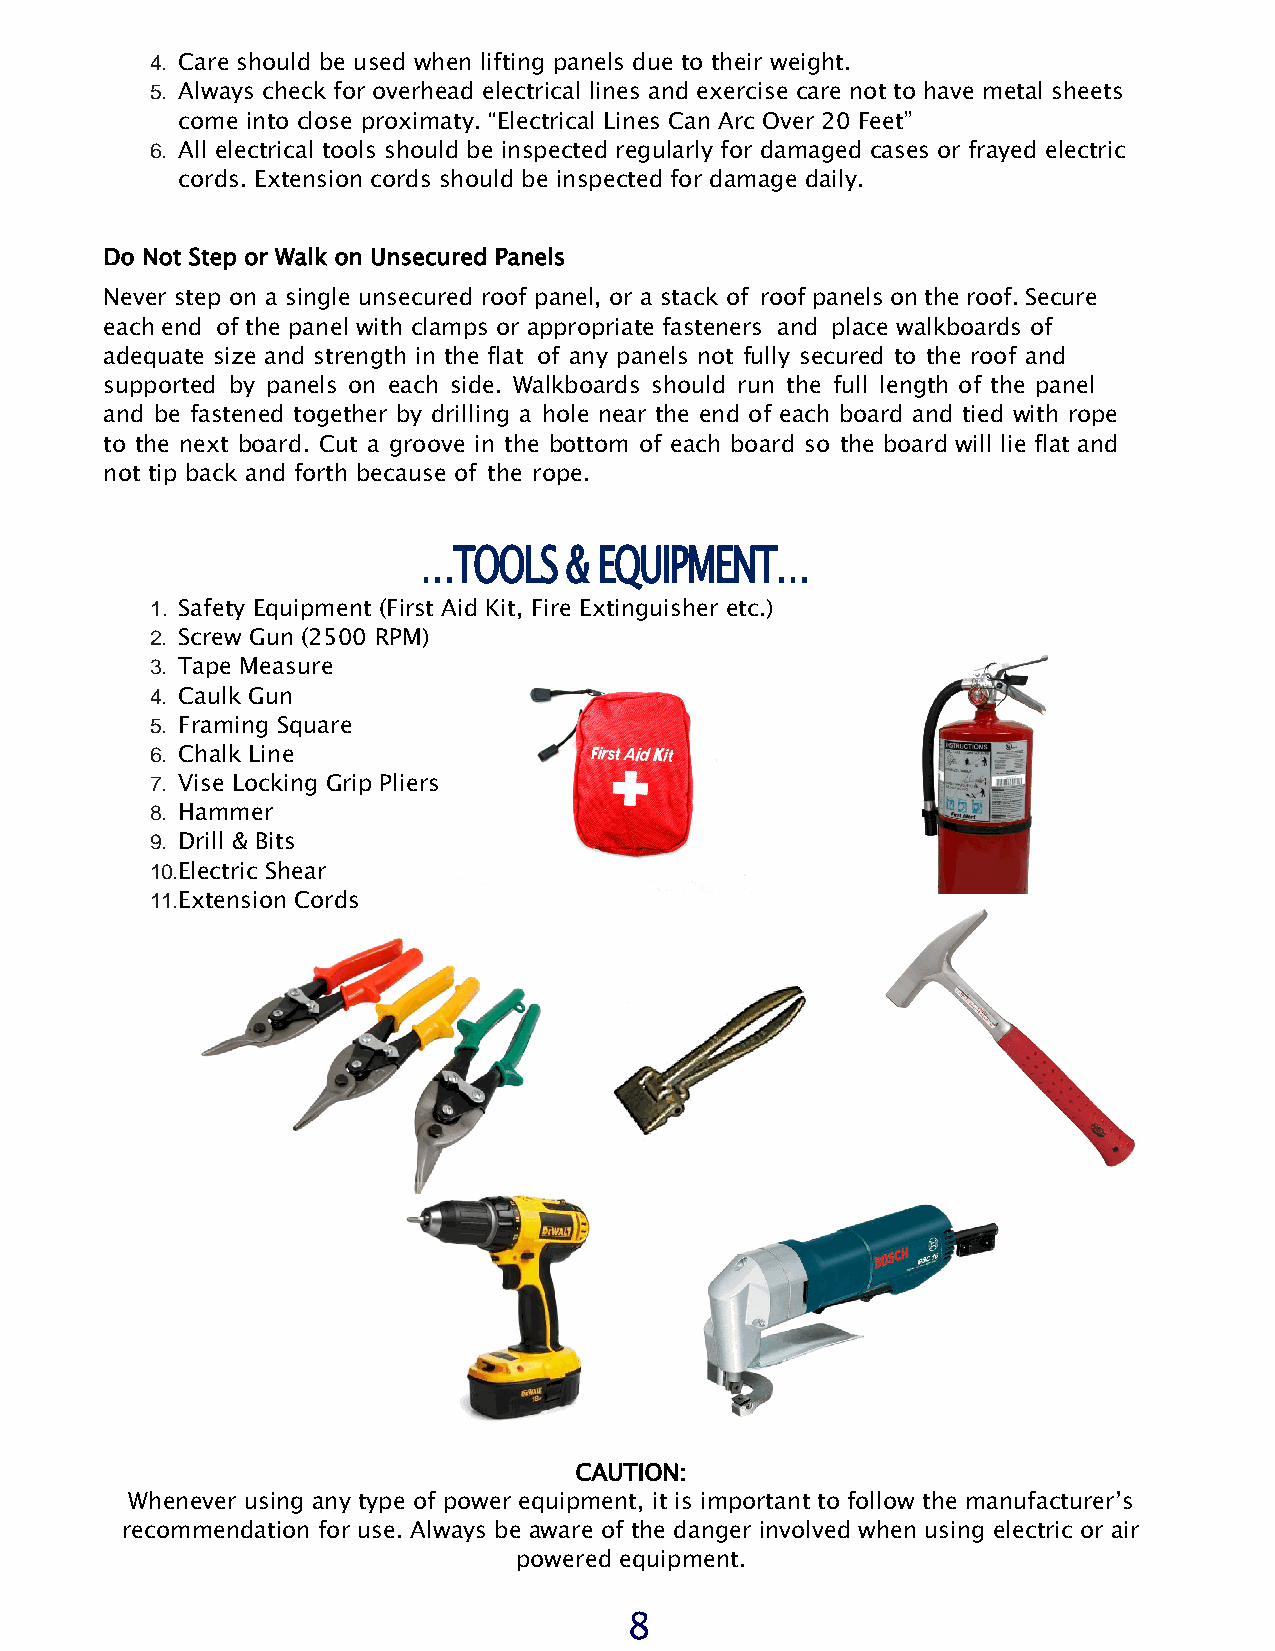
4. Care should be used when lifting panels due to their weight.
 5. Always check for overhead electrical lines and exercise care not to have metal sheets
 come into close proximaty. “Electrical Lines Can Arc Over 20 Feet”
 6. All electrical tools should be inspected regularly for damaged cases or frayed electric
 cords. Extension cords should be inspected for damage daily.
 Do Not Step or Walk on Unsecured Panels
 Never step on a single unsecured roof panel, or a stack of roof panels on the roof. Secure
 each end of the panel with clamps or appropriate fasteners and place walkboards of
 adequate size and strength in the flat of any panels not fully secured to the roof and
 supported by panels on each side. Walkboards should run the full length of the panel
 and be fastened together by drilling a hole near the end of each board and tied with rope
 to the next board. Cut a groove in the bottom of each board so the board will lie flat and
 not tip back and forth because of the rope.
 …TOOLS   &  EQUIPMENT…
 1. Safety Equipment (First Aid Kit, Fire Extinguisher etc.)
 2. Screw Gun (2500 RPM)
 3. Tape Measure
 4. Caulk Gun
 5. Framing Square
 6. Chalk Line
 7. Vise Locking Grip Pliers
 8. Hammer
 9. Drill & Bits
 10. Electric Shear
 11. Extension Cords
 CAUTION:
 Whenever using any type of power equipment, it is important to follow the manufacturer’s
 recommendation for use. Always be aware of the danger involved when using electric or air
 powered equipment.
 8